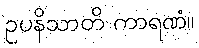
ဥပနိသာတိ ကာရဏံ။